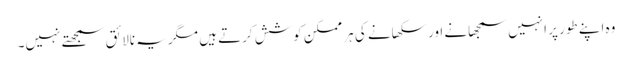
وہ اپنے طور پر انہیں سمجھانے اور سکھانے کی ہر ممکن کوشش کرتے ہیں مگر یہ نالائق سمجھتے نہیں۔